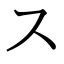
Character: ス